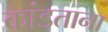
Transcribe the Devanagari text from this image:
कांडताना